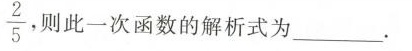
\frac{2}{5},$$ 此一次函数的解析式为___.